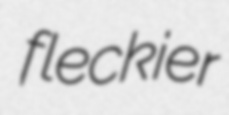
fleckier